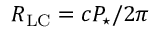
R _ { \mathrm { L C } } = c P _ { \star } / 2 \pi